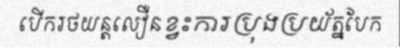
បើករថយន្តលឿនខ្វះការប្រុងប្រយ័ត្នបែក